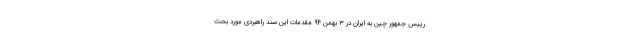
رییس جمهور چین به ایران در ۳ بهمن ۹۴ مقدمات این سند راهبردی مورد بحث